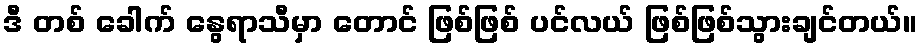
ဒီ တစ် ခေါက် နွေရာသီမှာ တောင် ဖြစ်ဖြစ် ပင်လယ် ဖြစ်ဖြစ်သွားချင်တယ်။